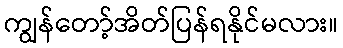
ကျွန်တော့်အိတ်ပြန်ရနိုင်မလား။